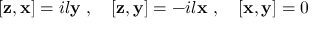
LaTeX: [ { \bf z } , { \bf x } ] = i l { \bf y } ~ , ~ ~ ~ [ { \bf z } , { \bf y } ] = - i l { \bf x } ~ , ~ ~ ~ [ { \bf x } , { \bf y } ] = 0